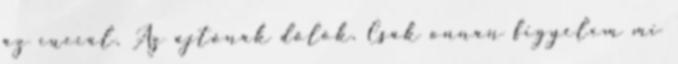
az cuccal. Az ajtónak dőlök. Csak onnan figyelem mi